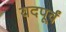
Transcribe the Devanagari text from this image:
यदपूर्वं